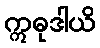
ဣဓုဒါယိ